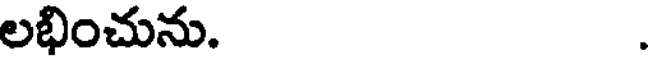
లభించును. .